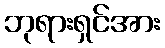
ဘုရားရှင်အား